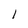
Character: l